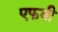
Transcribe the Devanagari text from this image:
एफवी